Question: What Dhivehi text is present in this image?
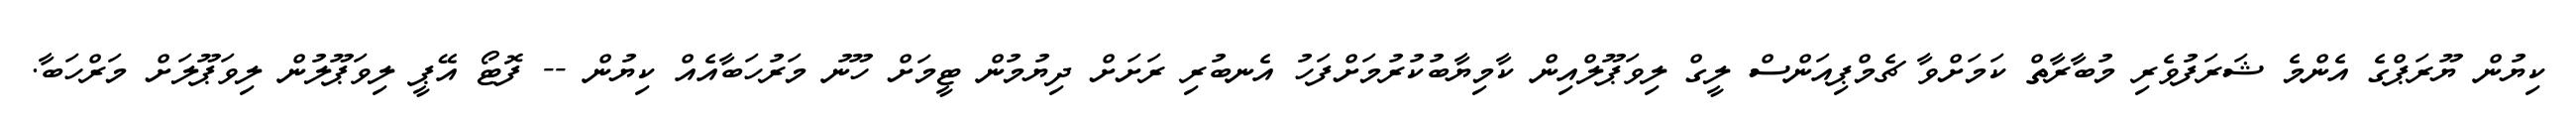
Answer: ކިޔުން ޔޫރަޕްގެ އެންމެ ޝަރަފުވެރި މުބާރާތް ކަމަށްވާ ޗެމްޕިއަންސް ލީގް ލިވަޕޫލްއިން ކާމިޔާބުކުރުމަށްފަހު އެނބުރި ރަށަށް ދިޔުމުން ޓީމަށް ހޫނު މަރުހަބާއެއް ކިޔުން -- ފޮޓޯ އޭޕީ ލިވަޕޫލުން ލިވަޕޫލަށް މަރްހަބާ.